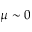
\mu \sim 0